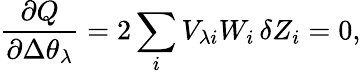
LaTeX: \frac{\partial Q}{\partial\Delta\theta_{\lambda}}=2\sum_{i}V_{\lambda i}W_{i}\, \delta Z_{i}=0,